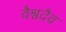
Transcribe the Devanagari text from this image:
वैश्वदैव